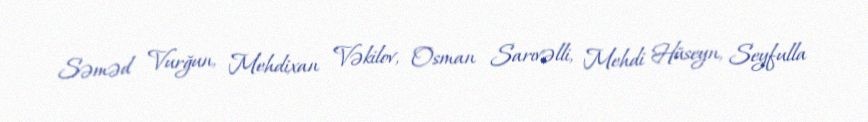
Səməd Vurğun, Mehdixan Vəkilov, Osman Sarıvəlli, Mehdi Hüseyn, Seyfulla